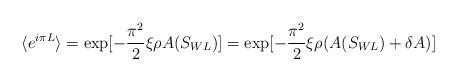
\begin{align*}\langle e^{i\pi L}\rangle =\exp [-\frac{\pi^2}{2}\xi \rho A(S_{WL})]=\exp [-\frac{\pi^2}{2}\xi \rho (A(S_{WL})+\delta A)]\end{align*}